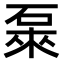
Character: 𥓜